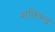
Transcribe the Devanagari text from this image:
शक्तिभद्र